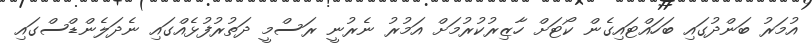
އުމަރު ބަންދުގައި ބަހައްޓައިގެން ކޯޓަށް ހާޒިރުކުރުމަށް އަމުރު ނެރުނީ ރަސްމީ ދަތުރުފުޅެއްގައި ނެދަލެންޑްސްގައި